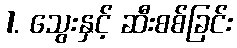
1. သွေးနှင့် ဆီးစစ်ခြင်း